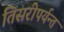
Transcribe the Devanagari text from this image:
तिसरीपर्यन्त